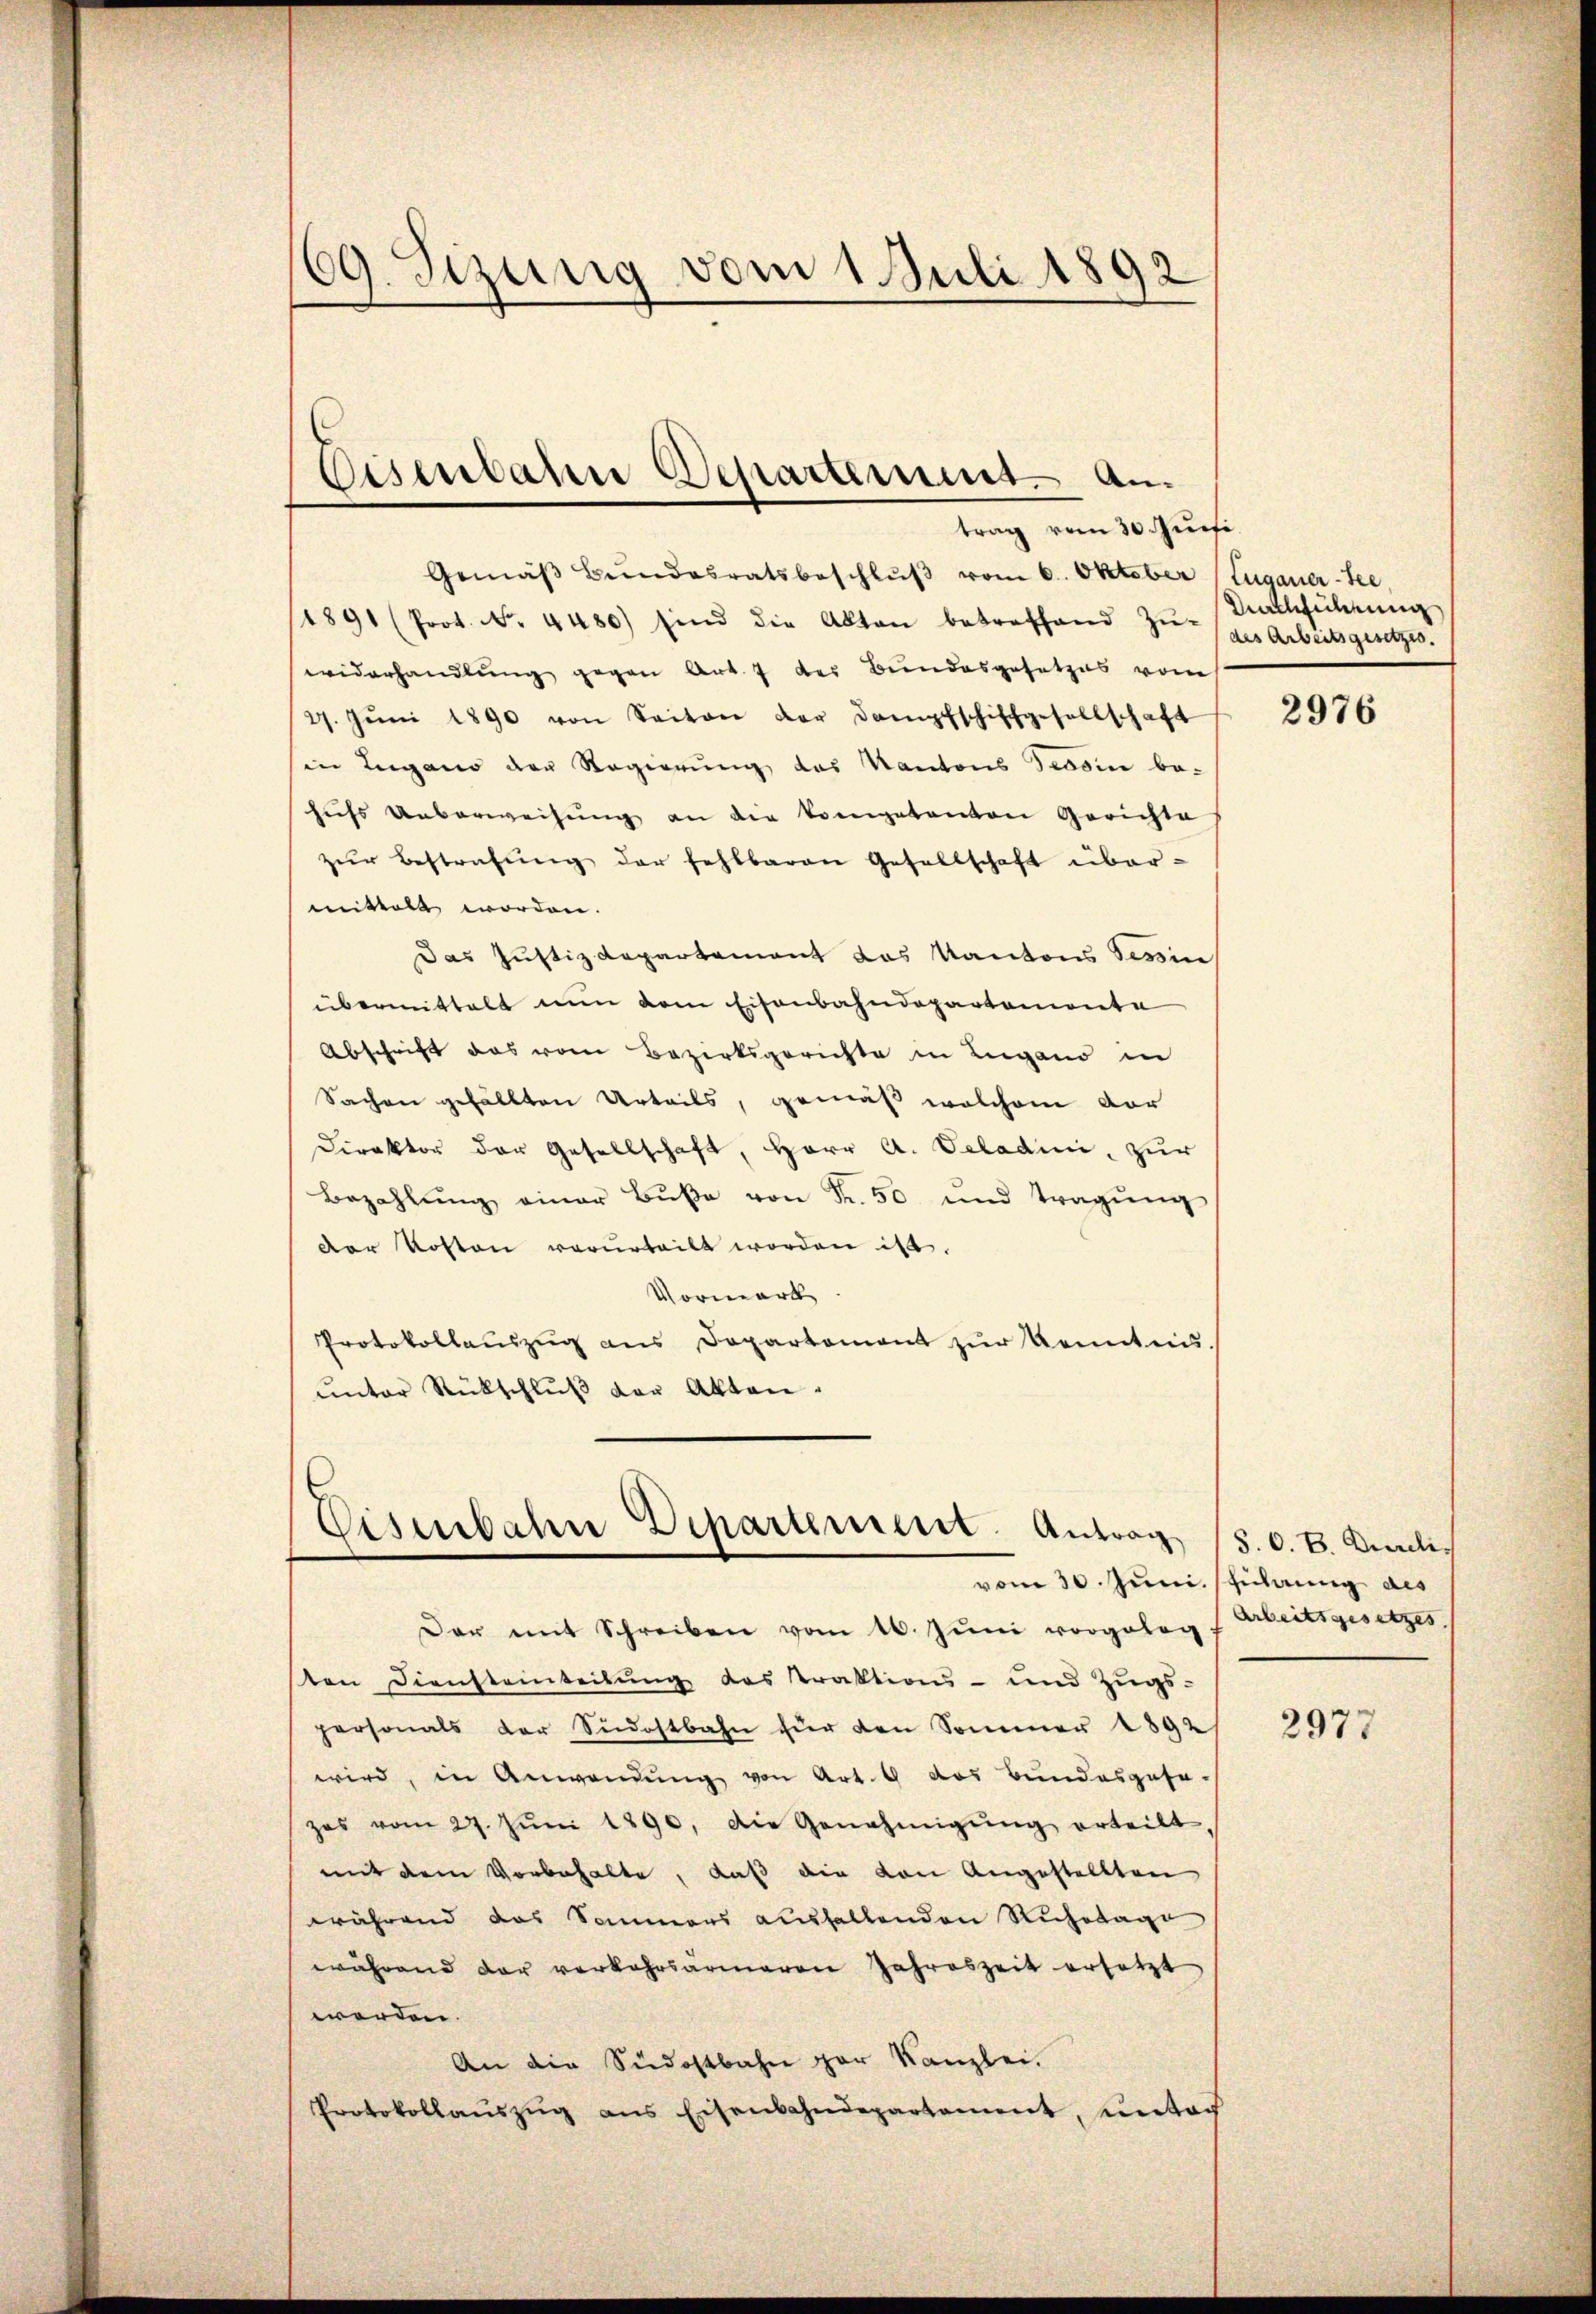
¬
39. Sizung vom 1. Juli 1892

Gemäβ Bŭndesratsbeschlŭβ vom 6. Oktober (Zuganer-See,
/1891 (Prot. N. 4480) sind die Akten betreffend Zŭ-Nachführung
widerhandlŭng gegen Art. 7 der Bundesgesetzes vom
27. Jŭni 1890 von Seiten der Dampfschiffgesellschaft
in Lugano der Regierung des Kantons Tessin be-
hŭfs Ueberweisŭng an die kompetenten Gerichte
zŭr Bestrafŭng der fehlbaren Gesellschaft über-
mittelt worden.
Das Justizdepartement das Kantons Tessin
übermittelt nun dem Eisenbahndepartemonte
Abschrift das vom Bezirksgerichte in Lugano in
Sachen gefällten Urteils, gemäß welchem vor
Direktor der Gesellschaft, Herr A. Veladini, zur
Bezahlung einer Buße von Fr. 50 und tragung
Der Kosten vorurteilt worden ist.
Vormark
Protokollaŭszŭg ans Departement zŭr Kenntni
ŭnter Rückschlŭβ der Akten.

Eisenbahn Departement. Antrag vom 30. Jursi.

Eisenbahn Departement. Antrag (S. O. B. Milivom 30. Juni. Führung als

Dar mit Schreiben vom 16. Jŭni vorgeleg
ten Diensteinteilŭng des Praktions- und Zŭgs-
personals der Südostbahn für den Sommer 1892
wird, in Anwendŭng von Art. 9 das Bundesgese-
zes vom 27. Jŭni 1890. Die Genehmigŭng erteilt
mit dem Vorbehalte, daß die von Angestellten
während das Sommers aushaltenden Ruhetage
während der verkehrsärmeren Jahreszeit ersetzt
werden.
An die Südostbahn gar Kanzlei.
Protokollaŭszŭg ans Eisenbahndepartement, unter

des Arbeitsgesetzes.

2976

Arbeitsgesetzes.

2977